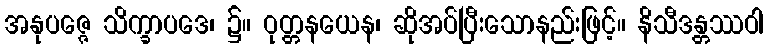
အနုပဇ္ဇေ သိက္ခာပဒေ၊ ၌။ ဝုတ္တနယေန၊ ဆိုအပ်ပြီးသောနည်းဖြင့်။ နိသီဒန္တဿဝါ